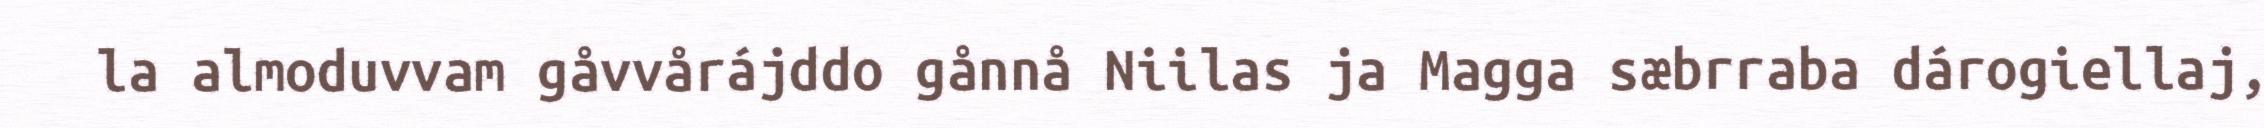
la almoduvvam gåvvårájddo gånnå Niilas ja Magga sæbrraba dárogiellaj,